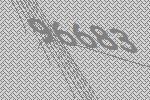
96683